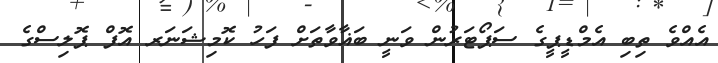
އެއްވެ ތިބި އެމްޑީޕީގެ ސަޕޯޓަރުން ވަނީ ބަޣާވާތަށް ފަހު ކޮމިޝަނަރ އޮފް ޕޮލިސްގެ